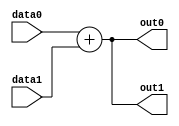
module ALU(
	input wire [31:0] data0,
	input wire [31:0] data1,
	output reg [31:0] out0,
	output reg [31:0] out1);
	
	always @* begin
		out0 = data0 + data1;
		out1 = data0 + data1;	
	end

endmodule